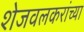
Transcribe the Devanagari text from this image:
शेजवलकरांच्या